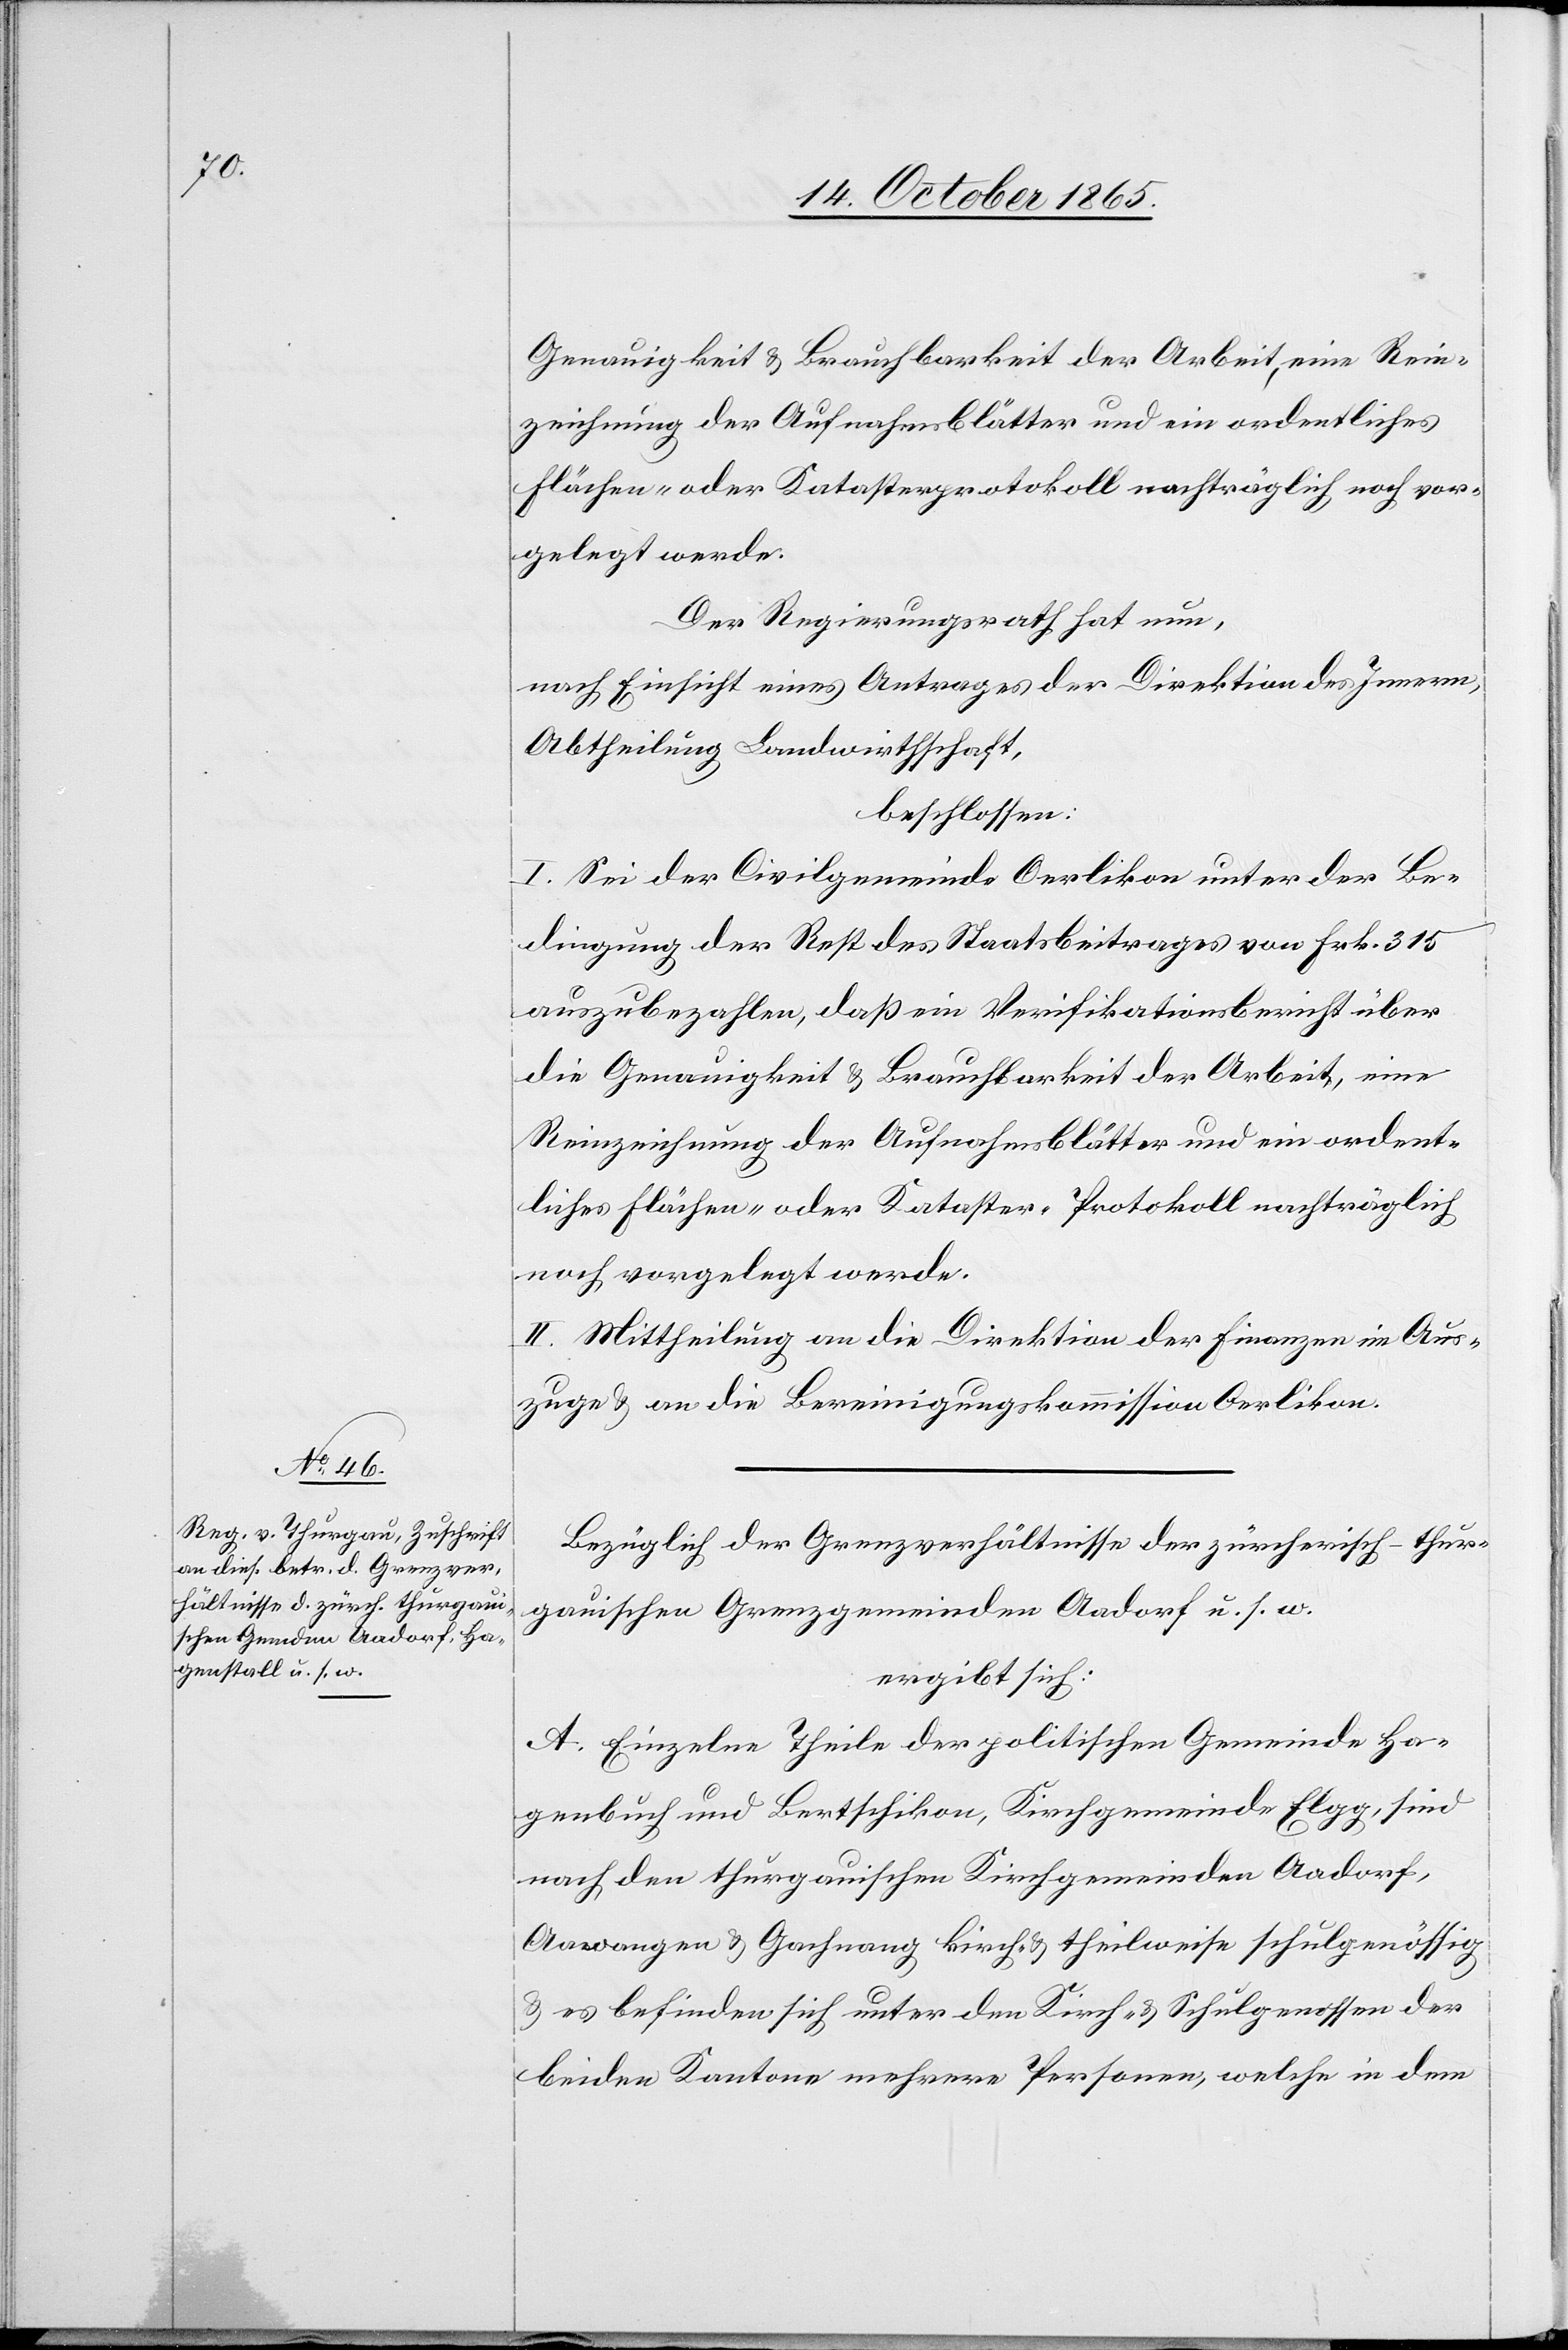
Genauigkeit & Brauchbarkeit der Arbeit, eine Rein¬
zeichnung der Aufnahmsblätter und ein ordentliches
Flächen- oder Katasterprotokoll nachträglich noch vor¬
gelegt werde.
Der Regierungsrath hat nun,
nach Einsicht eines Antrages der Direktion des Innern,
Abtheilung Landwirthschaft,
beschlossen:
I. Sei der Civilgemeinde Oerlikon unter der Be¬
dingung der Rest des Staatsbeitrages von Frk. 315
auszubezahlen, daß ein Verifikationsbericht über
die Genauigkeit & Brauchbarkeit der Arbeit, eine
Reinzeichnung der Aufnahmsblätter und ein ordent¬
liches Flächen- oder Kataster-Protokoll nachträglich
noch vorgelegt werde.
II. Mittheilung an die Direktion der Finanzen im Aus¬
zuge & an die Bereinigungskommission Oerlikon.
Bezüglich der Grenzverhältnisse der zürcherisch-thur¬
gauischen Grenzgemeinden Aadorf u. s. w.
ergibt sich:
A. Einzelne Theile der politischen Gemeinde Ha¬
genbuch und Bertschikon, Kirchgemeinde Elgg, sind
nach den thurgauischen Kirchgemeinden Aadorf,
Aawangen & Gachnang kirch- & theilweise schulgenössig
& es befinden sich unter den Kirch- & Schulgenossen der
beiden Kantone mehrere Personen, welche in dem